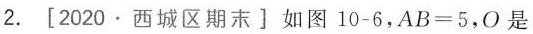
2.[2020.西城区期末]如图10-6，AB=5，0是